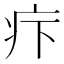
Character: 疜